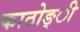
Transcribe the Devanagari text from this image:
काठोङ्ी